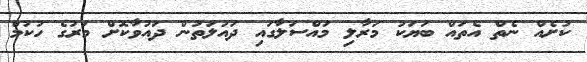
ކުށެއް ނެތް އެތައް ބަޔަކު މަރާލި މައްސަލާގައި ދައުލަތުން ދައުވާކޮށް މަރުގެ ހުކުމް